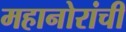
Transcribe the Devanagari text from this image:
महानोरांची